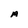
Character: A